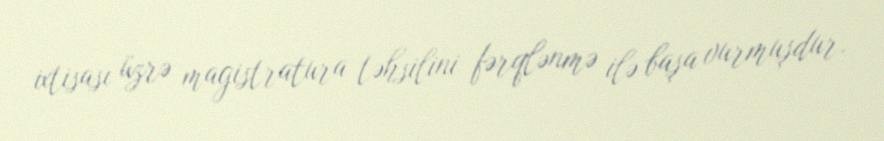
ixtisası üzrə magistratura təhsilini fərqlənmə ilə başa vurmuşdur.